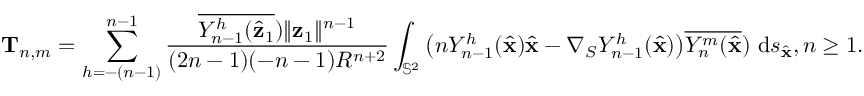
\mathbf T _ { n , m } = \sum _ { h = - ( n - 1 ) } ^ { n - 1 } \frac { \overline { { Y _ { n - 1 } ^ { h } ( \hat { \mathbf { z } } _ { 1 } } } ) \| \mathbf { z } _ { 1 } \| ^ { n - 1 } } { ( 2 n - 1 ) ( - n - 1 ) R ^ { n + 2 } } \int _ { \mathbb { S } ^ { 2 } } \big ( n Y _ { n - 1 } ^ { h } ( \hat { \mathbf { x } } ) \hat { \mathbf { x } } - \nabla _ { S } Y _ { n - 1 } ^ { h } ( \hat { \mathbf { x } } ) \big ) \overline { { Y _ { n } ^ { m } ( \hat { \mathbf { x } } } } ) ~ \mathrm { d } s _ { \hat { \mathbf { x } } } , n \geq 1 .